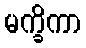
မက္ခိကာ